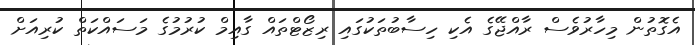
އެގޮތުން މިހާރުވެސް ރާއްޖޭގެ އެކި ހިސާބުތަކުގައި ރިޒޯޓްތައް ގާއިމް ކުރުމުގެ މަސައްކަތް ކުރިއަށް